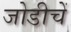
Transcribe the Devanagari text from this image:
जोडीचें